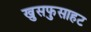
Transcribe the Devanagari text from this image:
खुसफुसाहट